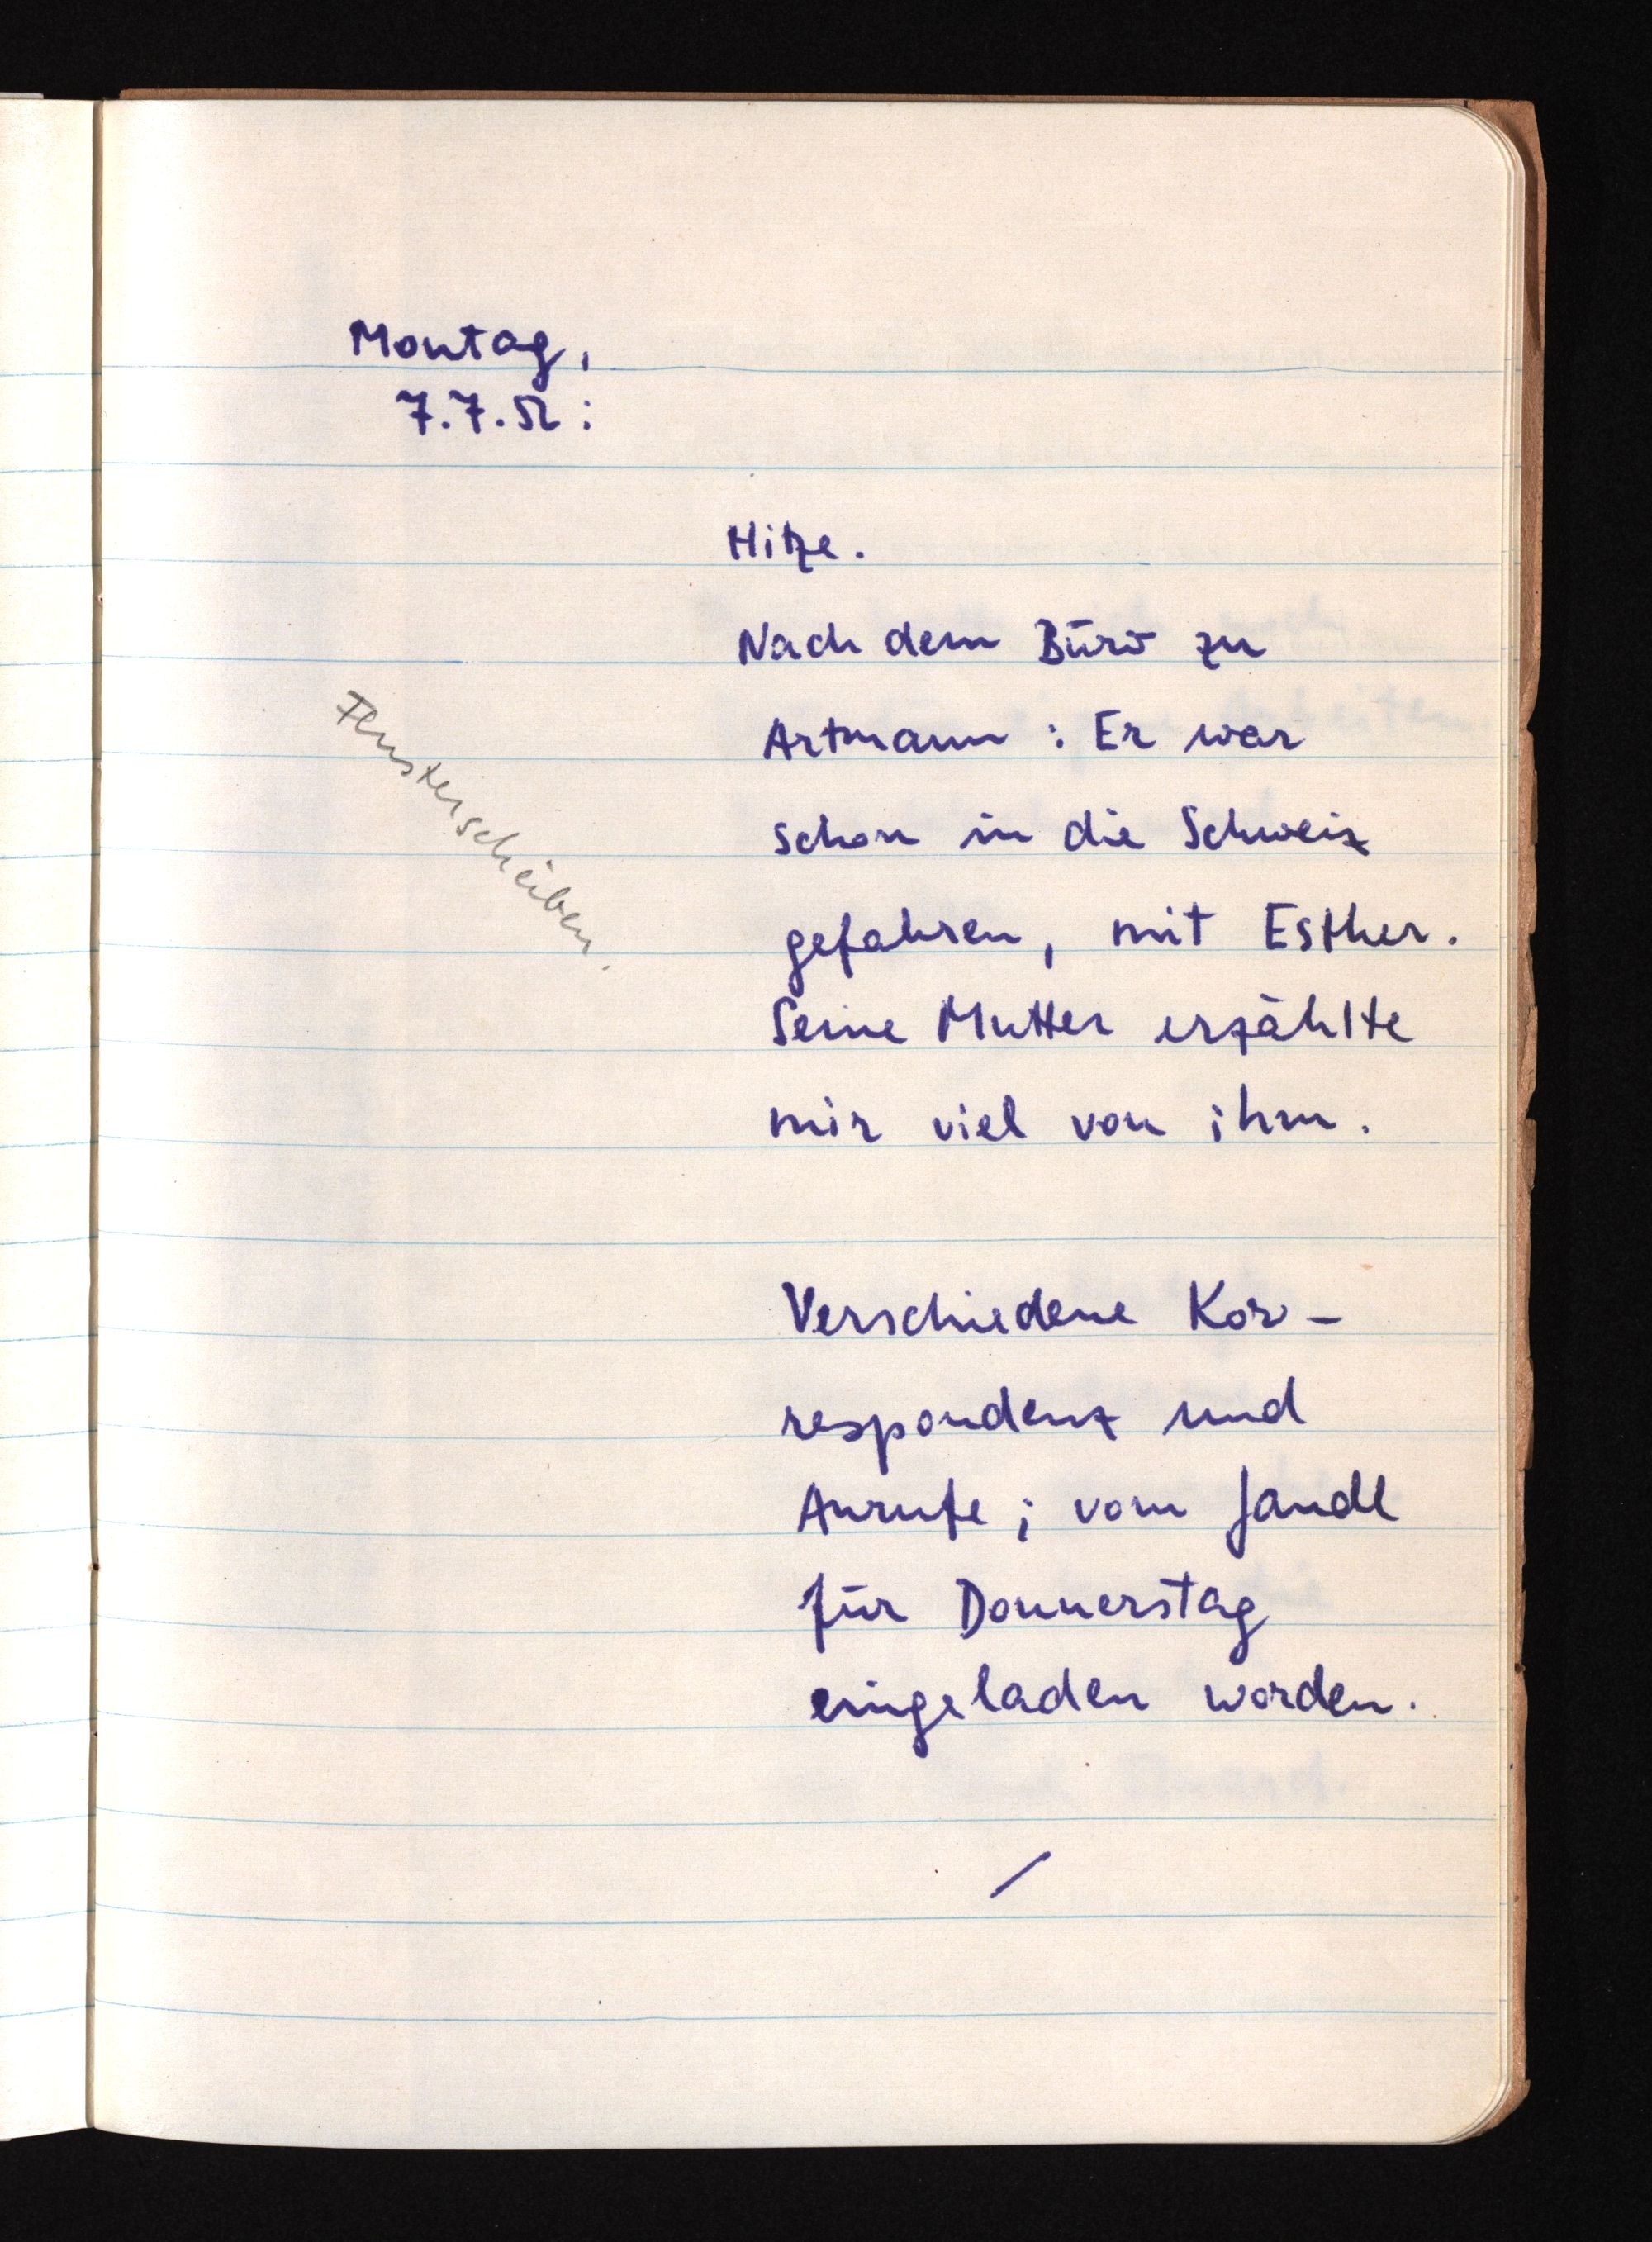
Montag,
7.7.52:
Hitze.
Nach dem Büro zu
Fensterscheiben.
Artmann: Er war
schon in die Schweiz
gefahren, mit Esther.
Seine Mutter erzählte
mir viel von ihm.
Verschiedene Kor¬
respondenz und
Anrufe; vom Jandl
für Donnerstag
eingeladen worden.